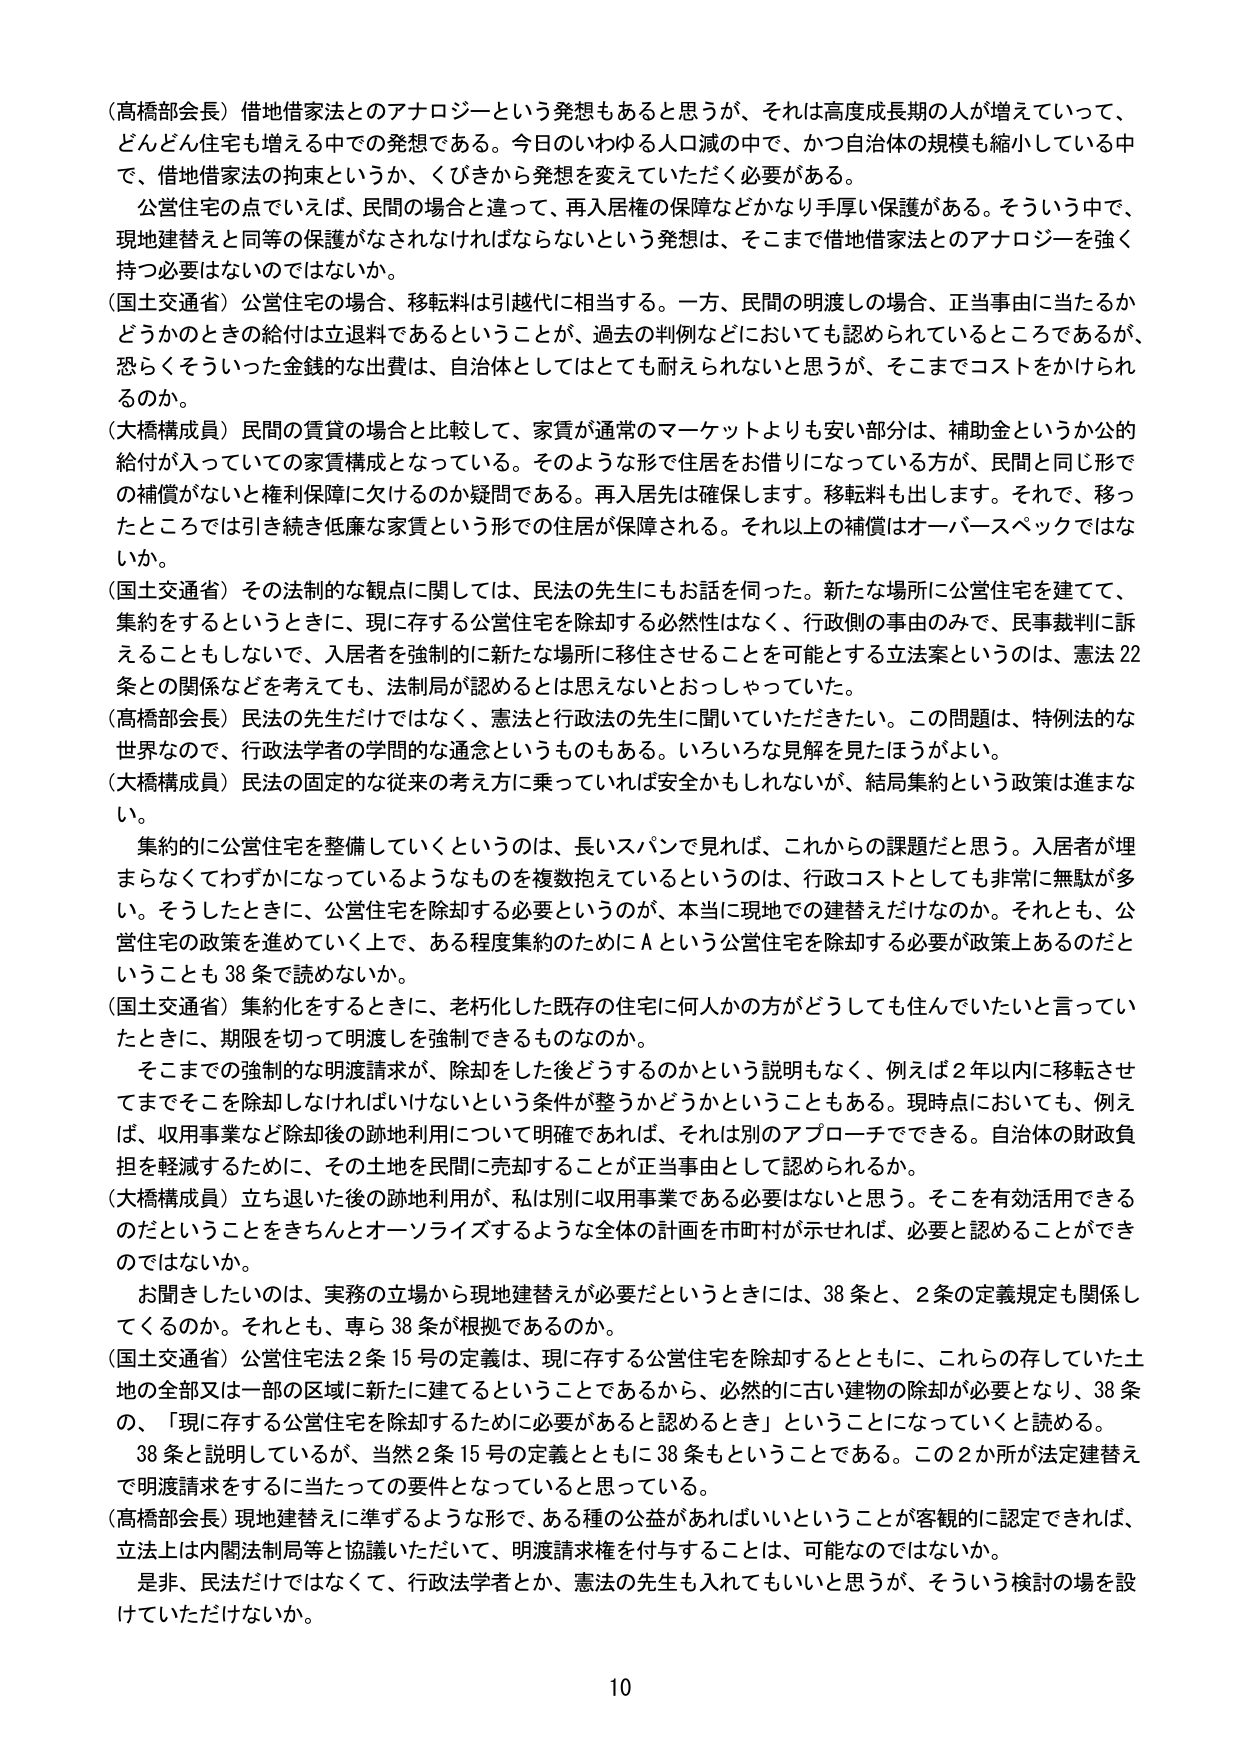
（高橋部会長）借地借家法とのアナロジーという発想もあると思うが、それは高度成長期の人が増えていって、どんどん住宅も増える中での発想である。今日のいわゆる人口減の中で、かつ自治体の規模も縮小している中で、借地借家法の拘束というか、くびきから発想を変えていただく必要がある。

公営住宅の点でいえば、民間の場合と違って、再入居権の保障などかなり手厚い保護がある。そういう中で、現地建替えと同等の保護がなされなければならないという発想は、そこまで借地借家法とのアナロジーを強く持つ必要はないのではないか。

（国土交通省）公営住宅の場合、移転料は引越代に相当する。一方、民間の明渡しの場合、正当事由に当たるかどうかのときの給付は立退料であるということが、過去の判例などにおいても認められているところであるが、恐らくそういった金銭的な出費は、自治体としてはとても耐えられないと思うが、そこまでコストをかけられるのか。

（大橋構成員）民間の賃貸の場合と比較して、家賃が通常のマーケットよりも安い部分は、補助金というか公的給付が入っていての家賃構成となっている。そのような形で住居をお借りになっている方が、民間と同じ形での補償がないと権利保障に欠けるのか疑問である。再入居先は確保します。移転料も出します。それで、移ったところでは引き続き低廉な家賃という形での住居が保障される。それ以上の補償はオーバースペックではないか。

（国土交通省）その法制的な観点に関しては、民法の先生にもお話を伺った。新たな場所に公営住宅を建てて、集約をするというときに、現に存する公営住宅を除却する必然性はなく、行政側の事由のみで、民事裁判に訴えることもしないで、入居者を強制的に新たな場所に移住させることを可能とする立法案というのは、憲法22条との関係などを考えても、法制局が認めるとは思えないと思っていた。

（高橋部会長）民法の先生だけではなく、憲法と行政法の先生に聞いていただきたい。この問題は、特例法的な世界なので、行政法学者の学問的な通念というのもある。いろいろな見解を見たほうがよい。

（大橋構成員）民法の固定的な従来の考え方に乗っていれば安全かもしれないが、結局集約という政策は進まない。

集約的に公営住宅を整備していくというのは、長いスパンで見れば、これからの課題だと思う。入居者が埋まらなくてわずかになっているようなものを複数抱えているというのは、行政コストとしても非常に無駄が多い。そうしたときに、公営住宅を除却する必要というのが、本当に現地での建替えだけなのか。それとも、公営住宅の政策を進めていく上で、ある程度集約のためにAという公営住宅を除却する必要が政策上あるのだということを38条で読めないか。

（国土交通省）集約化をするときに、老朽化した既存の住宅に何人かの方がどうしても住んでいたいと言っていたときに、期限を切って明渡しを強制できるものなのか。

そこまでの強制的な明渡請求が、除却をした後どうするのかという説明もなく、例えば2年以内に移転させてまでそこを除却しなければいけないという条件が整うかどうかということもある。現時点においても、例えば、収用事業など除却後の跡地利用について明確であれば、それは別のアプローチができる。自治体の財政負担を軽減するために、その土地を民間に売却することが正当事由として認められるか。

（大橋構成員）立ち退いた後の跡地利用が、私は別に収用事業である必要はないと思う。そこを有効活用できるのだということをきちんとオーソライズするような全体の計画を市町村が示せれば、必要と認めることができのではないか。

お聞きしたいのは、実務の立場から現地建替えが必要だというときには、38条と、2条の定義規定も関係してくるのか。それとも、専ら38条が根拠であるのか。

（国土交通省）公営住宅法2条15号の定義は、現に存する公営住宅を除却するとともに、これらの存していた土地の全部又は一部の区域に新たに建てるということであるから、必然的に古い建物の除却が必要となり、38条の、「現に存する公営住宅を除却するために必要があると認めるとき」ということになっていくと読める。

38条と説明しているが、当然2条15号の定義とともに38条もということである。この2か所が法定建替えで明渡請求をするに当たっての要件となっていると思っている。

（高橋部会長）現地建替えに準ずるような形で、ある種の公益があればいいということが客観的に認定できれば、立法上は内閣法制局等と協議いただいて、明渡請求権を付与することは、可能なのではないか。

是非、民法だけではなくて、行政法学者とか、憲法の先生も入れてもいいと思うが、そういう検討の場を設けていただけないか。

10